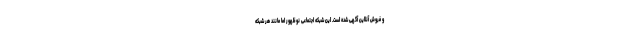
و فروش آنلاین آگهی شده است. این شبکه اجتماعی نوظهور اما مانند هر شبکه